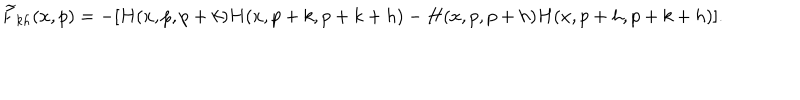
\widetilde F _ { k h } ( x , p ) = - [ H ( x , p , p + k ) H ( x , p + k , p + k + h ) - H ( x , p , p + h ) H ( x , p + h , p + k + h ) ] .